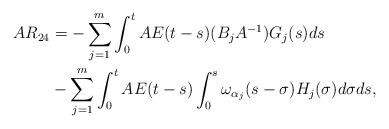
\begin{align*} AR_{24} & = -\sum\limits_{j=1}^{m} \int_0^t AE(t-s) (B_jA^{-1}) G_j(s)ds \\ & - \sum\limits_{j=1}^{m}\int_0^t AE(t-s) \int_0^s \omega_{\alpha_j}(s-\sigma) H_j(\sigma) d\sigma ds, \end{align*}